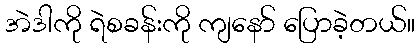
အဲဒါကို ရဲစခန်းကို ကျနော် ပြောခဲ့တယ်။